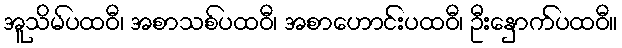
အူသိမ်ပထဝီ၊ အစာသစ်ပထဝီ၊ အစာဟောင်းပထဝီ၊ ဦးနှောက်ပထဝီ။